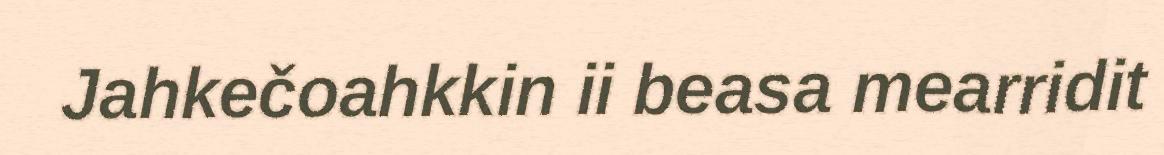
Jahkečoahkkin ii beasa mearridit